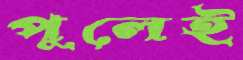
পুলেই